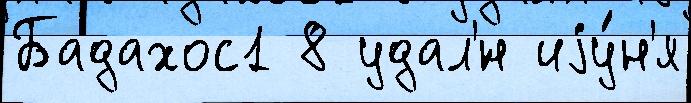
Бадахос1 8 удал'́н иjу́н'я